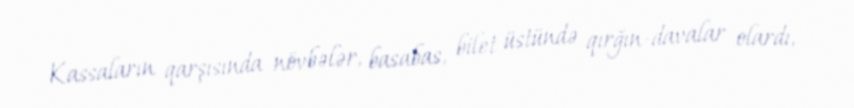
Kassaların qarşısında növbələr, basabas, bilet üstündə qırğın-davalar olardı,